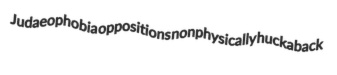
Judaeophobia oppositions nonphysically huckaback